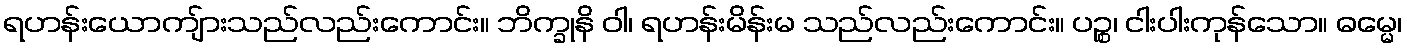
ရဟန်းယောကျ်ားသည်လည်းကောင်း။ ဘိက္ခုနိ ဝါ၊ ရဟန်းမိန်းမ သည်လည်းကောင်း။ ပဉ္စ၊ ငါးပါးကုန်သော။ ဓမ္မေ၊